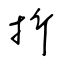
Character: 折